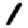
Digit: 1